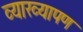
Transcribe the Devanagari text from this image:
व्याख्यापण